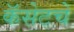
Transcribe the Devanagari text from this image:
कॅसेटचे